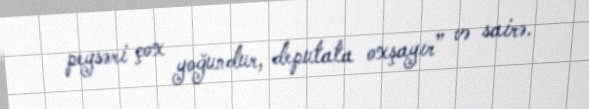
peysəri çox yoğundur, deputata oxşayır” və sairə.